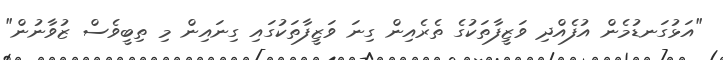
"އަޅުގަނޑުމެން އުފެއްދި ވަޒީފާތަކުގެ ތެރެއިން ގިނަ ވަޒީފާތަކުގައި ގިނައިން މި ތިބީވެސް ޒުވާނުން"